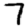
Digit: 7